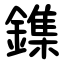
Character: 鏶